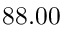
8 8 . 0 0